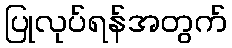
ပြုလုပ်ရန်အတွက်